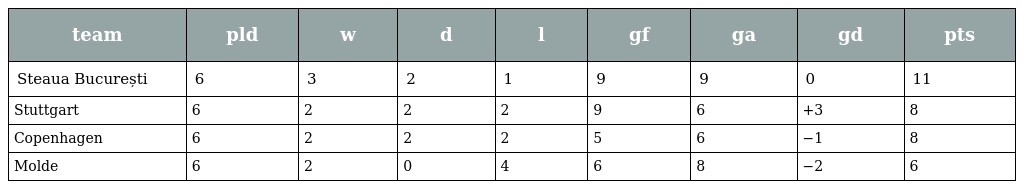
| team | pld | w | d | l | gf | ga | gd | pts |
 | --- | --- | --- | --- | --- | --- | --- | --- | --- |
 | Steaua București | 6 | 3 | 2 | 1 | 9 | 9 | 0 | 11 |
 | Stuttgart | 6 | 2 | 2 | 2 | 9 | 6 | +3 | 8 |
 | Copenhagen | 6 | 2 | 2 | 2 | 5 | 6 | −1 | 8 |
 | Molde | 6 | 2 | 0 | 4 | 6 | 8 | −2 | 6 |